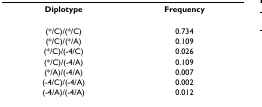
<table><thead><tr><td><b>Diplotype</b></td><td><b>Frequency</b></td></tr></thead><tbody><tr><td>(*/C)/(*/C)</td><td>0.734</td></tr><tr><td>(*/C)/(*/A)</td><td>0.109</td></tr><tr><td>(*/C)/(-4/C)</td><td>0.026</td></tr><tr><td>(*/C)/(-4/A)</td><td>0.109</td></tr><tr><td>(*/A)/(-4/A)</td><td>0.007</td></tr><tr><td>(-4/C)/(-4/A)</td><td>0.002</td></tr><tr><td>(-4/A)/(-4/A)</td><td>0.012</td></tr></tbody></table>